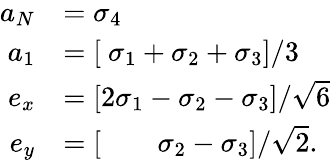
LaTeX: \begin{array}{r}{\begin{array}{rl}{a_{N}}&{=\sigma_{4}}\\ {a_{1}}&{=\left[\ \sigma_{1}+\sigma_{2}+\sigma_{3}\right]/3}\\ {e_{x}}&{=\left[2\sigma_{1}-\sigma_{2}-\sigma_{3}\right]/\sqrt{6}}\\ {e_{y}}&{=\left[\ \ \ \ \ \ \ \ \sigma_{2}-\sigma_{3}\right]/\sqrt{2}.}\end{array}}\end{array}